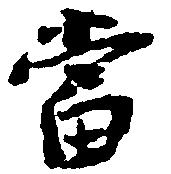
当